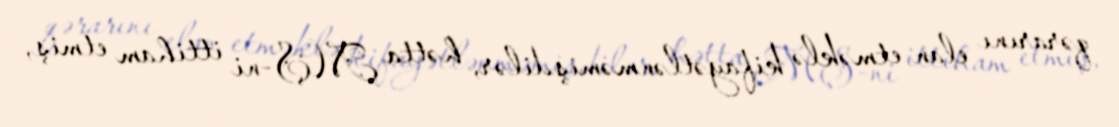
qərarını elan etməklə kifayətlənməmişdilər, hətta MŞ-ni ittiham etmiş,